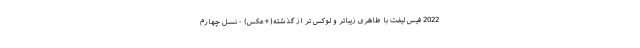
2022 فیس لیفت با ظاهری زیباتر و لوکس تر از گذشته(+عکس) - نسل چهارم